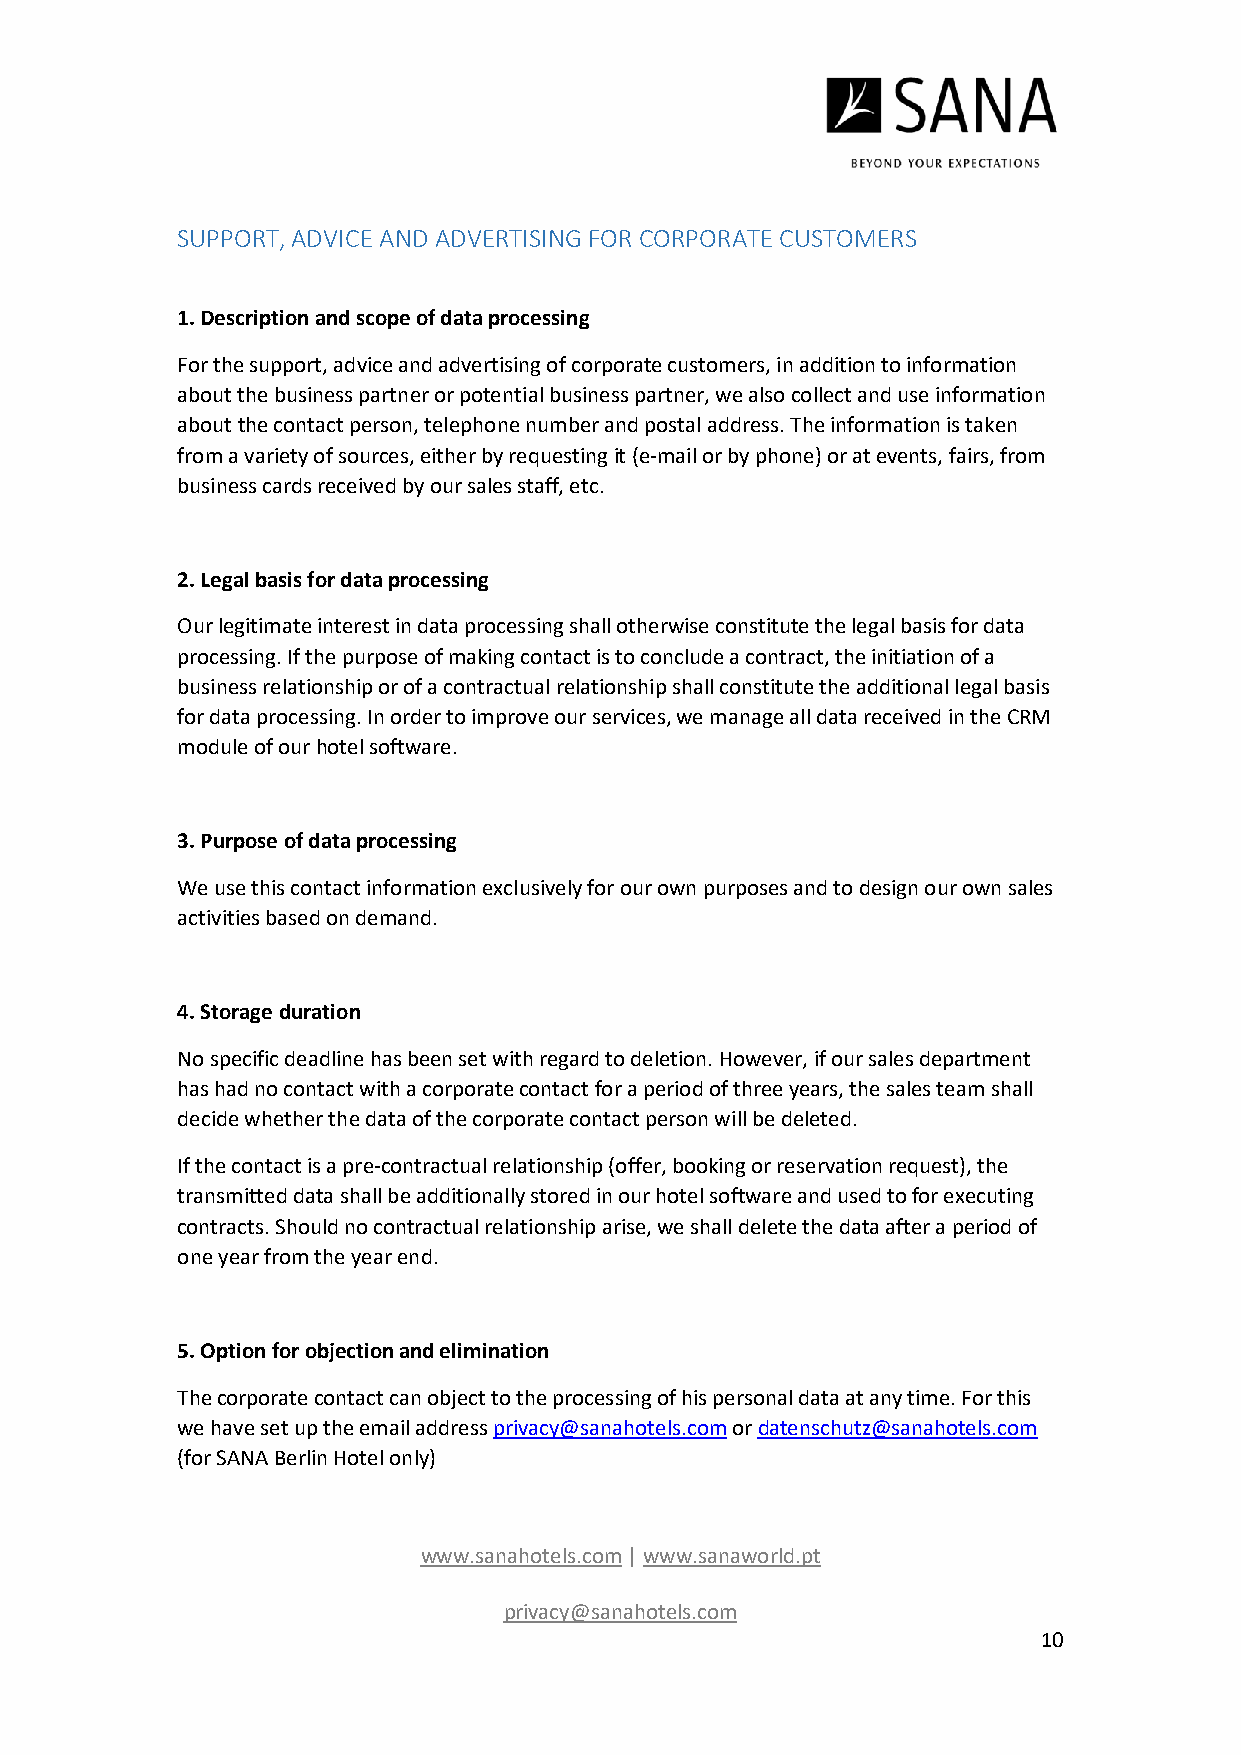
SUPPORT, ADVICE AND ADVERTISING FOR CORPORATE CUSTOMERS
 1. Description and scope of data processing
 For the support, advice and advertising of corporate customers, in addition to information
 about the business partner or potential business partner, we also collect and use information
 about the contact person, telephone number and postal address. The information is taken
 from a variety of sources, either by requesting it (e-mail or by phone) or at events, fairs, from
 business cards received by our sales staff, etc.
 2. Legal basis for data processing
 Our legitimate interest in data processing shall otherwise constitute the legal basis for data
 processing. If the purpose of making contact is to conclude a contract, the initiation of a
 business relationship or of a contractual relationship shall constitute the additional legal basis
 for data processing. In order to improve our services, we manage all data received in the CRM
 module of our hotel software.
 3. Purpose of data processing
 We use this contact information exclusively for our own purposes and to design our own sales
 activities based on demand.
 4. Storage duration
 No specific deadline has been set with regard to deletion. However, if our sales department
 has had no contact with a corporate contact for a period of three years, the sales team shall
 decide whether the data of the corporate contact person will be deleted.
 If the contact is a pre-contractual relationship (offer, booking or reservation request), the
 transmitted data shall be additionally stored in our hotel software and used to for executing
 contracts. Should no contractual relationship arise, we shall delete the data after a period of
 one year from the year end.
 5. Option for objection and elimination
 The corporate contact can object to the processing of his personal data at any time. For this
 we have set up the email address privacy@sanahotels.com or datenschutz@sanahotels.com
 (for SANA Berlin Hotel only)
 www.sanahotels.com | www.sanaworld.pt
 privacy@sanahotels.com
 10